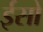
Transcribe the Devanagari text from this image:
ईसो